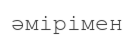
әмірімен